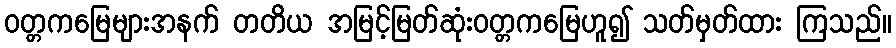
ဝတ္တကမြေများအနက် တတိယ အမြင့်မြတ်ဆုံးဝတ္တကမြေဟူ၍ သတ်မှတ်ထား ကြသည်။